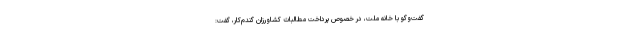
گفت‌وگو با خانه ملت، در خصوص پرداخت مطالبات کشاورزان گندم‌کار، گفت: